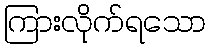
ကြားလိုက်ရသော